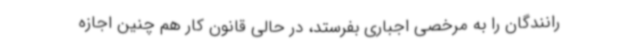
رانندگان را به مرخصی اجباری بفرستد، در حالی قانون کار هم چنین اجازه